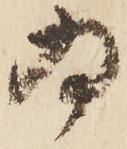
為